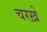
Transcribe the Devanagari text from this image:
चरख़े